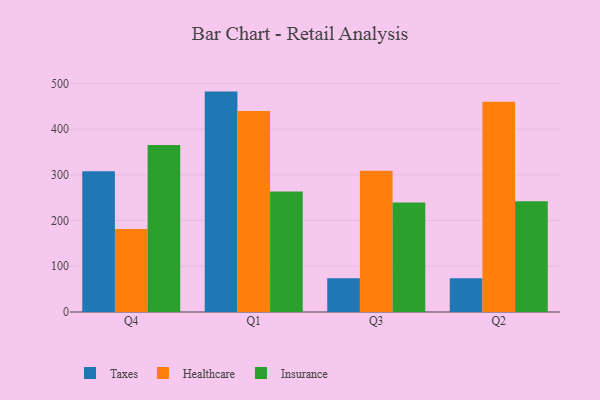
{"axis": {"x": "Quarter", "y": "Gross Profit (USD K)"}, "legend": ["Healthcare", "Insurance", "Taxes"], "data": [{"x": "Q4", "y": 307.7, "type": "Taxes"}, {"x": "Q4", "y": 181.3, "type": "Healthcare"}, {"x": "Q4", "y": 365.3, "type": "Insurance"}, {"x": "Q1", "y": 482.1, "type": "Taxes"}, {"x": "Q1", "y": 439.8, "type": "Healthcare"}, {"x": "Q1", "y": 263.5, "type": "Insurance"}, {"x": "Q3", "y": 73.6, "type": "Taxes"}, {"x": "Q3", "y": 309.2, "type": "Healthcare"}, {"x": "Q3", "y": 239.4, "type": "Insurance"}, {"x": "Q2", "y": 73.7, "type": "Taxes"}, {"x": "Q2", "y": 460.0, "type": "Healthcare"}, {"x": "Q2", "y": 242.3, "type": "Insurance"}]}